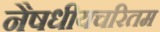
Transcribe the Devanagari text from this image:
नैषधीयचरितम